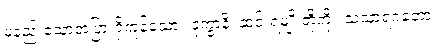
မနည်းသောအပြားရှိကုန်သော။ ဒုက္ခာနိ၊ ဆင်းရဲမျိုးတို့ကို။ သံသာရဂတော၊